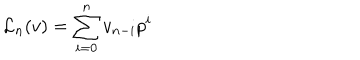
{ { \mathcal L } _ { n } } ( v ) = \sum _ { i = 0 } ^ { n } v _ { n - i } p ^ { i }